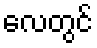
လေတွင်